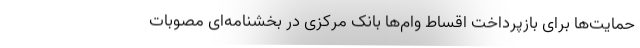
حمایت‌ها برای بازپرداخت اقساط وام‌ها بانک مرکزی در بخشنامه‌ای مصوبات